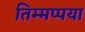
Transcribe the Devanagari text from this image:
तिम्मप्पया